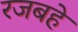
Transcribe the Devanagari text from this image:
रजबहे